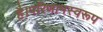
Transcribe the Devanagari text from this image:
है।परिणामस्वरूप